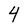
Character: 4